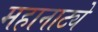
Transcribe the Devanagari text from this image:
महानाट्ये